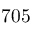
7 0 5